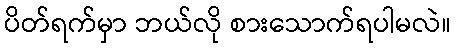
ပိတ်ရက်မှာ ဘယ်လို စားသောက်ရပါမလဲ။